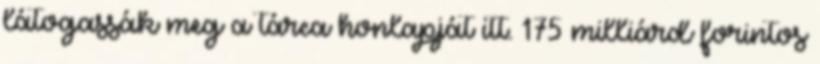
látogassák meg a tárca honlapját itt. 175 milliárd forintos